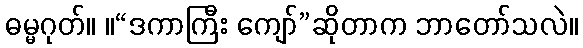
ဓမ္မဂုတ်။ ။“ဒကာကြီး ကျော်”ဆိုတာက ဘာတော်သလဲ။